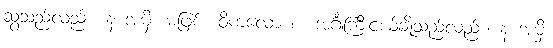
ဆွံ့သည်လည်း။ န အမှိ၊ မဖြစ်။ ဝိကလော စ၊ အင်္ဂါကြီးငယ်ချို့သည်လည်း။ န အမှိ၊